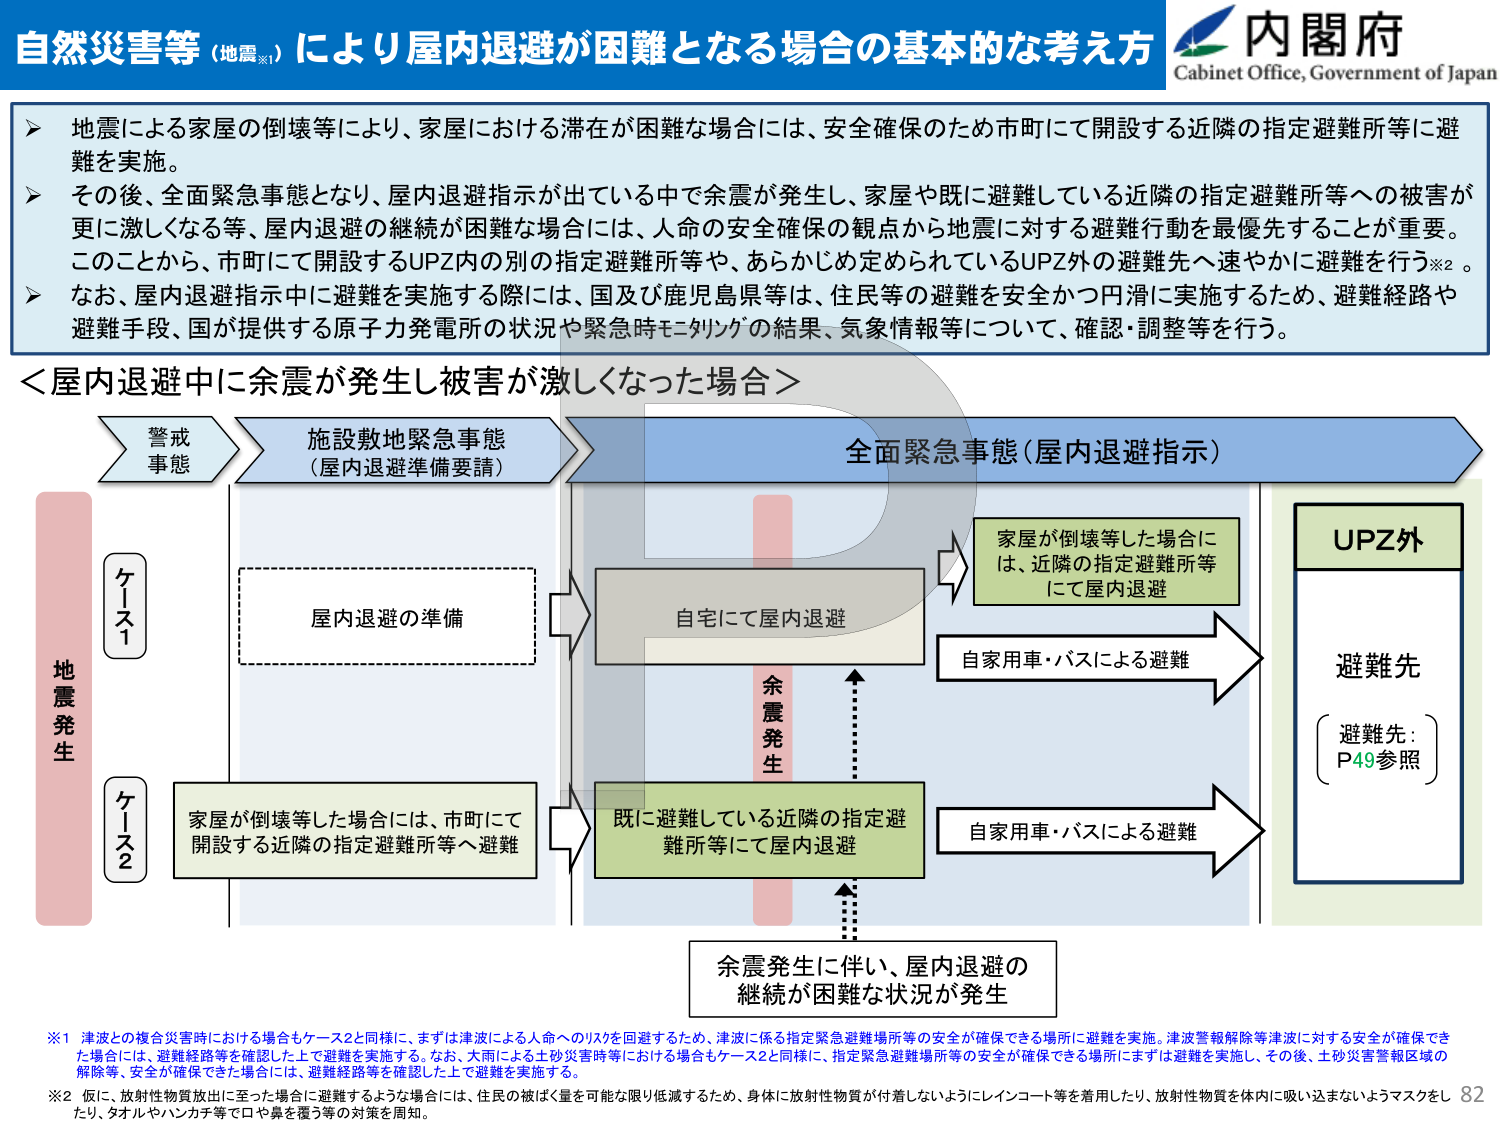
自然災害等（地震※1）により屋内退避が困難となる場合の基本的な考え方

内閣府
Cabinet Office, Government of Japan

▶ 地震による家屋の倒壊等により、家屋における滞在が困難な場合には、安全確保のため市町にて開設する近隣の指定避難所等に避難を実施。
▶ その後、全面緊急事態となり、屋内退避指示が出ている中で余震が発生し、家屋や既に避難している近隣の指定避難所等への被害が更に激しくなる等、屋内退避の継続が困難な場合には、人命の安全確保の観点から地震に対する避難行動を最優先することが重要。このことから、市町にて開設するUPZ内の別の指定避難所等や、あらかじめ定められているUPZ外の避難先へ速やかに避難を行う※2。
▶ なお、屋内退避指示中に避難を実施する際には、国及び鹿児島県等は、住民等の避難を安全かつ円滑に実施するため、避難経路や避難手段、国が提供する原子力発電所の状況や緊急時モニタリングの結果、気象情報等について、確認・調整等を行う。

＜屋内退避中に余震が発生し被害が激しくなった場合＞

地震発生
ケース1
ケース2

警戒事態
施設敷地緊急事態
（屋内退避準備要請）
全面緊急事態（屋内退避指示）

屋内退避の準備
自宅にて屋内退避
余震発生
既に避難している近隣の指定避難所等にて屋内退避

家屋が倒壊等した場合には、近隣の指定避難所等にて屋内退避
自家用車・バスによる避難
自家用車・バスによる避難

UPZ外
避難先
（避難先：P49参照）

余震発生に伴い、屋内退避の継続が困難な状況が発生

※1 津波との複合災害時における場合もケース2と同様に、まずは津波による人命へのリスクを回避するため、津波に係る指定緊急避難場所等の安全が確保できる場所に避難を実施。津波警報解除等津波に対する安全が確保できた場合には、避難経路等を確認した上で避難を実施する。なお、大雨による土砂災害時等における場合もケース2と同様に、指定緊急避難場所等の安全が確保できる場所にまずは避難を実施し、その後、土砂災害警報区域の解除等、安全が確保できた場合には、避難経路等を確認した上で避難を実施する。
※2 仮に、放射性物質放出に至った場合に避難するような場合には、住民の被ばく量を可能な限り低減するため、身体に放射性物質が付着しないようにレインコート等を着用したり、放射性物質を体内に吸い込まないようマスクをしたり、タオルやハンカチ等で口や鼻を覆う等の対策を周知。

82